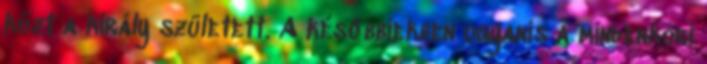
közt a király született. A későbbiekben ugyanis a mindenkori